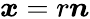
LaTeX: \boldsymbol{x}=r\boldsymbol{n}